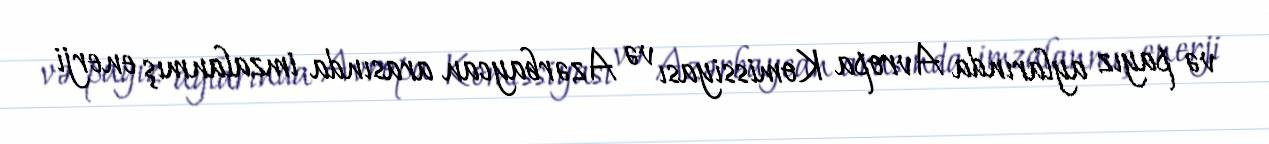
və payız aylarında Avropa Komissiyası və Azərbaycan arasında imzalanmış enerji